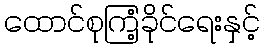
ထောင်စုကြံ့ခိုင်ရေးနှင့်